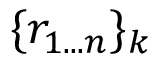
\lbrace r _ { 1 . . . n } \rbrace _ { k }